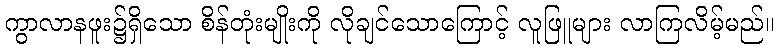
ကွာလာနဖူး၌ရှိသော စိန်တုံးမျိုးကို လိုချင်သောကြောင့် လူဖြူများ လာကြလိမ့်မည်။